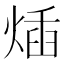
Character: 𤊿